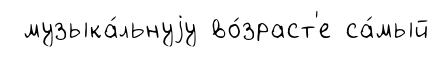
музыка́льнуjу во́зраст'е са́мый